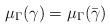
LaTeX: \begin{align*}\mu_\Gamma(\gamma) = \mu_\Gamma(\bar \gamma)\end{align*}